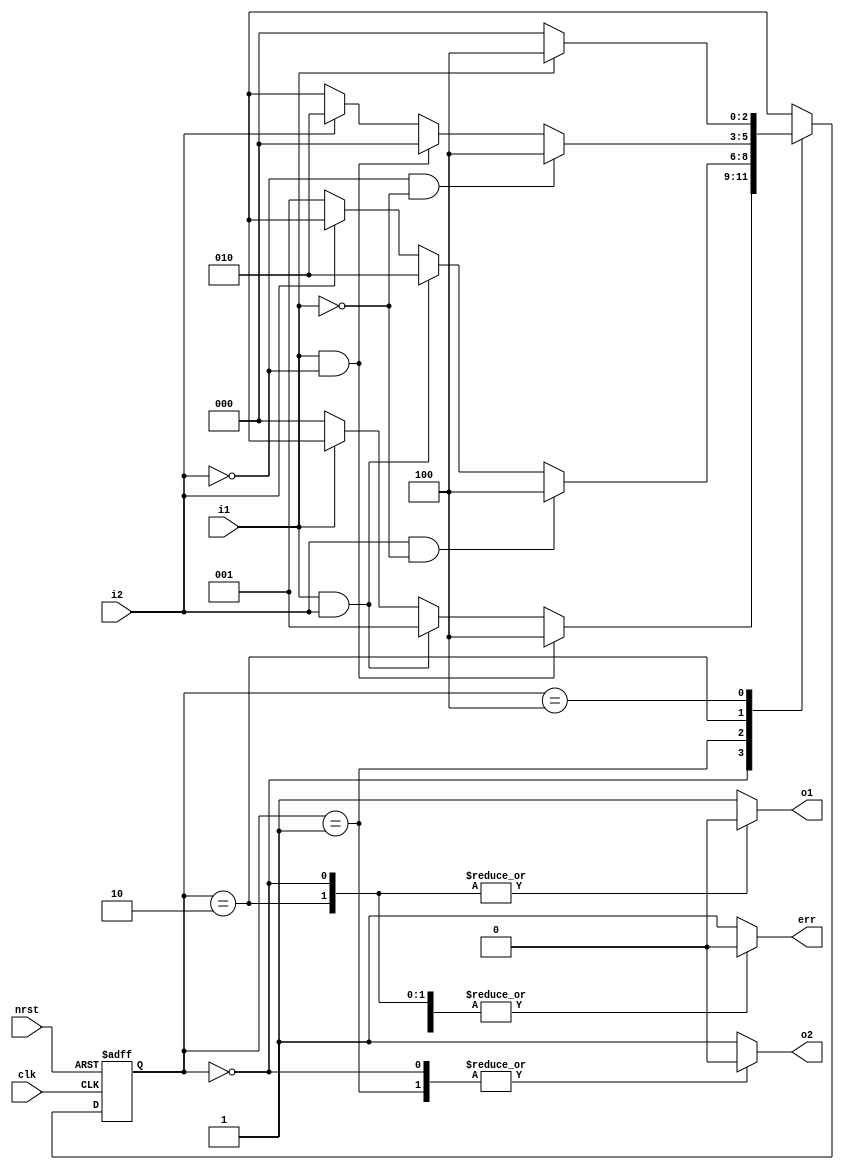
//2-paragraph method to describe FSM
//Describe sequential state transition in 1 sequential always block
//State transition conditions in the other combinational always block
//Package state output by task. Then register the output
//Westor, Dec. 2006
//Verilog Usage Book
module state2 ( nrst,clk,
                i1,i2,
                o1,o2,
                err
               );
         
input          nrst,clk;
input          i1,i2;
output         o1,o2,err;
reg            o1,o2,err;


reg    [2:0]   NS,CS;

parameter [2:0]      //one hot with zero idle
      IDLE   = 3'b000,
      S1     = 3'b001,
      S2     = 3'b010,
      ERROR  = 3'b100;

//sequential state transition
always @ (posedge clk or negedge nrst)
      if (!nrst)            
         CS <= IDLE;        
      else                  
         CS <=NS;           

//combinational condition judgment
always @ (nrst or CS or i1 or i2)
          begin
               NS = 3'bx;
               ERROR_out;
               case (CS)
                    IDLE:     begin
                                   IDLE_out;
                                   if (~i1)           NS = IDLE;
                                   if (i1 && i2)      NS = S1;
                                   if (i1 && ~i2)     NS = ERROR;
                              end
                    S1:       begin
                                   S1_out;
                                   if (~i2)           NS = S1;
                                   if (i2 && i1)      NS = S2;
                                   if (i2 && (~i1))   NS = ERROR;
                              end
                    S2:       begin
                                   S2_out;
                                   if (i2)            NS = S2;
			           if (~i2 && i1)     NS = IDLE;
                                   if (~i2 && (~i1))  NS = ERROR;
                              end
                    ERROR:    begin
                                   ERROR_out;
                                   if (i1)            NS = ERROR;
                                   if (~i1)           NS = IDLE;
                              end
               endcase
         end


//output task
task IDLE_out;
     {o1,o2,err} = 3'b000;
endtask

task S1_out;
     {o1,o2,err} = 3'b100;
endtask

task S2_out;
     {o1,o2,err} = 3'b010;
endtask

task ERROR_out;
     {o1,o2,err} = 3'b111;
endtask

endmodule